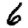
Digit: 6